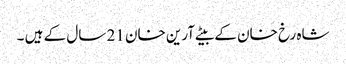
شاہ رخ خان کے بیٹے آرین خان 21 سال کے ہیں ۔